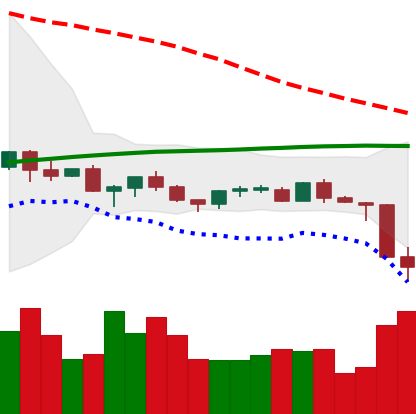
Ticker: TRX-USD
Chart end date: 2021-06-22
Forward return: 27.169%
Label: up_7plus